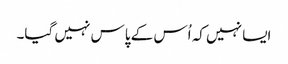
ایسا نہیں کہ اُس کے پاس نہیں گیا۔